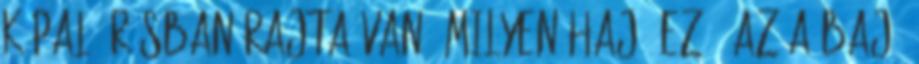
képaláírásban rajta van, milyen hajó ez." Az a baj,